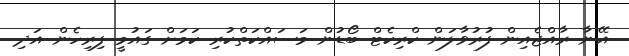
އޭނާ ރާއްޖެއިން ފުރުވާލަން ކްރިކެޓް ބޯޑުން މަސައްކަތްކުރި ކަމަށް ގައުމީ ފިރިހެން އަދި